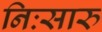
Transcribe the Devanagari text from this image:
निःसारु